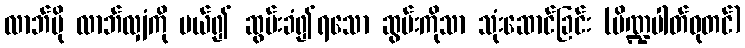
လာဘ်ပို လာဘ်လျှံကို ပယ်၍ ဆွမ်းခံ၍ရသော ဆွမ်းကိုသာ သုံးဆောင်ခြင်း (ပိဏ္ဍပါတ်ဓုတင်)